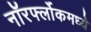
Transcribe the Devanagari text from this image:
नॉरर्फ्लोकमध्ये